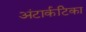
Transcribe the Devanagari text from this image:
अंटार्कटिका